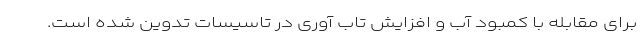
برای مقابله با کمبود آب و افزایش تاب آوری در تاسیسات تدوین شده است.